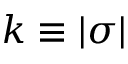
k \equiv | \sigma |